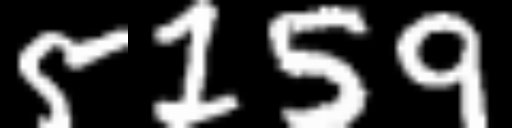
Text: 5159